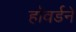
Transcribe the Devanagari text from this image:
हॉवर्डने